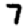
Digit: 7